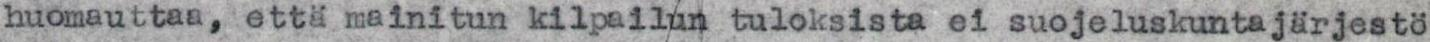
huomauttaa, että mainitun kilpailun tuloksista ei suojeluskuntajärjestö